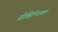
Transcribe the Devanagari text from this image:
प्रोव्हिन्शियल